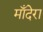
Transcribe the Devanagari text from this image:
माँदेरा